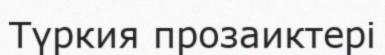
Түркия прозаиктері